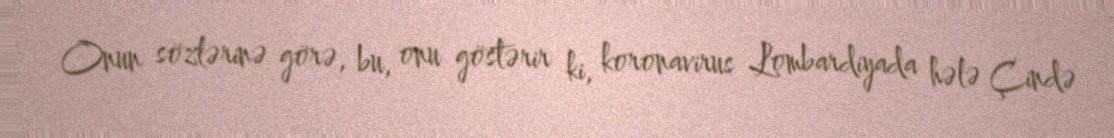
Onun sözlərinə görə, bu, onu göstərir ki, koronavirus Lombardiyada hələ Çində